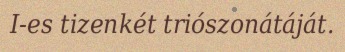
I-es tizenkét triószonátáját.